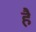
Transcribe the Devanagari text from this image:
हेेै